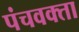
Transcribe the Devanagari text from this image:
पंचवक्ता